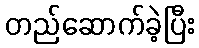
တည်ဆောက်ခဲ့ပြီး